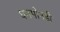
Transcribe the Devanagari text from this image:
धनमोनडी